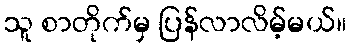
သူ စာတိုက်မှ ပြန်လာလိမ့်မယ်။